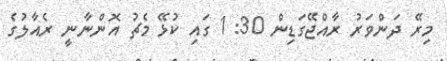
މިރޭ ދަންވަރު ރާއްޖޭގަޑިން 30: 1 ގައި ކުޅޭ މެޗު އޮންނާނީ ރެއާލުގެ